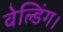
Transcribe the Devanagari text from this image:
वेल्डिंग।